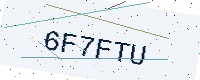
Text: 6F7FTU